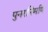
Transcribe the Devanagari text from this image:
पुनरनिर्माण